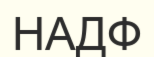
НАДФ